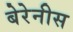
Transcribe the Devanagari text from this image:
बेरेनीस